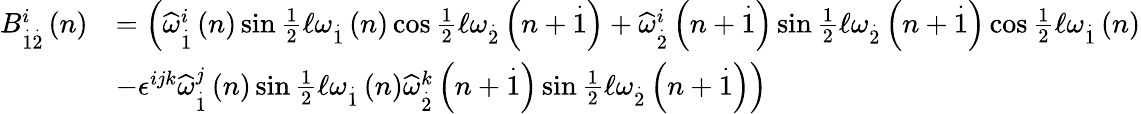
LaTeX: \begin{array}{rl}{B_{\overset{.}{1}\overset{.}{2}}^{i}\left(n\right)}&{=\left(\widehat{\omega}_{\overset{.}{1}}^{i}\left(n\right)\sin\frac{1}{2}\mathcal{\ell}\omega_{\overset{.}{1}}\left(n\right)\cos\frac{1}{2}\mathcal{\ell}\omega_{\overset{.}{2}}\left(n+\overset{.}{1}\right)+\widehat{\omega}_{\overset{.}{2}}^{i}\left(n+\overset{.}{1}\right)\sin\frac{1}{2}\mathcal{\ell}\omega_{\overset{.}{2}}\left(n+\overset{.}{1}\right)\cos\frac{1}{2}\mathcal{\ell}\omega_{\overset{.}{1}}\left(n\right)\right.}\\ &{\left.-\epsilon^{ijk}\widehat{\omega}_{\overset{.}{1}}^{j}\left(n\right)\sin\frac{1}{2}\mathcal{\ell}\omega_{\overset{.}{1}}\left(n\right)\widehat{\omega}_{\overset{.}{2}}^{k}\left(n+\overset{.}{1}\right)\sin\frac{1}{2}\mathcal{\ell}\omega_{\overset{.}{2}}\left(n+\overset{.}{1}\right)\right)}\end{array}